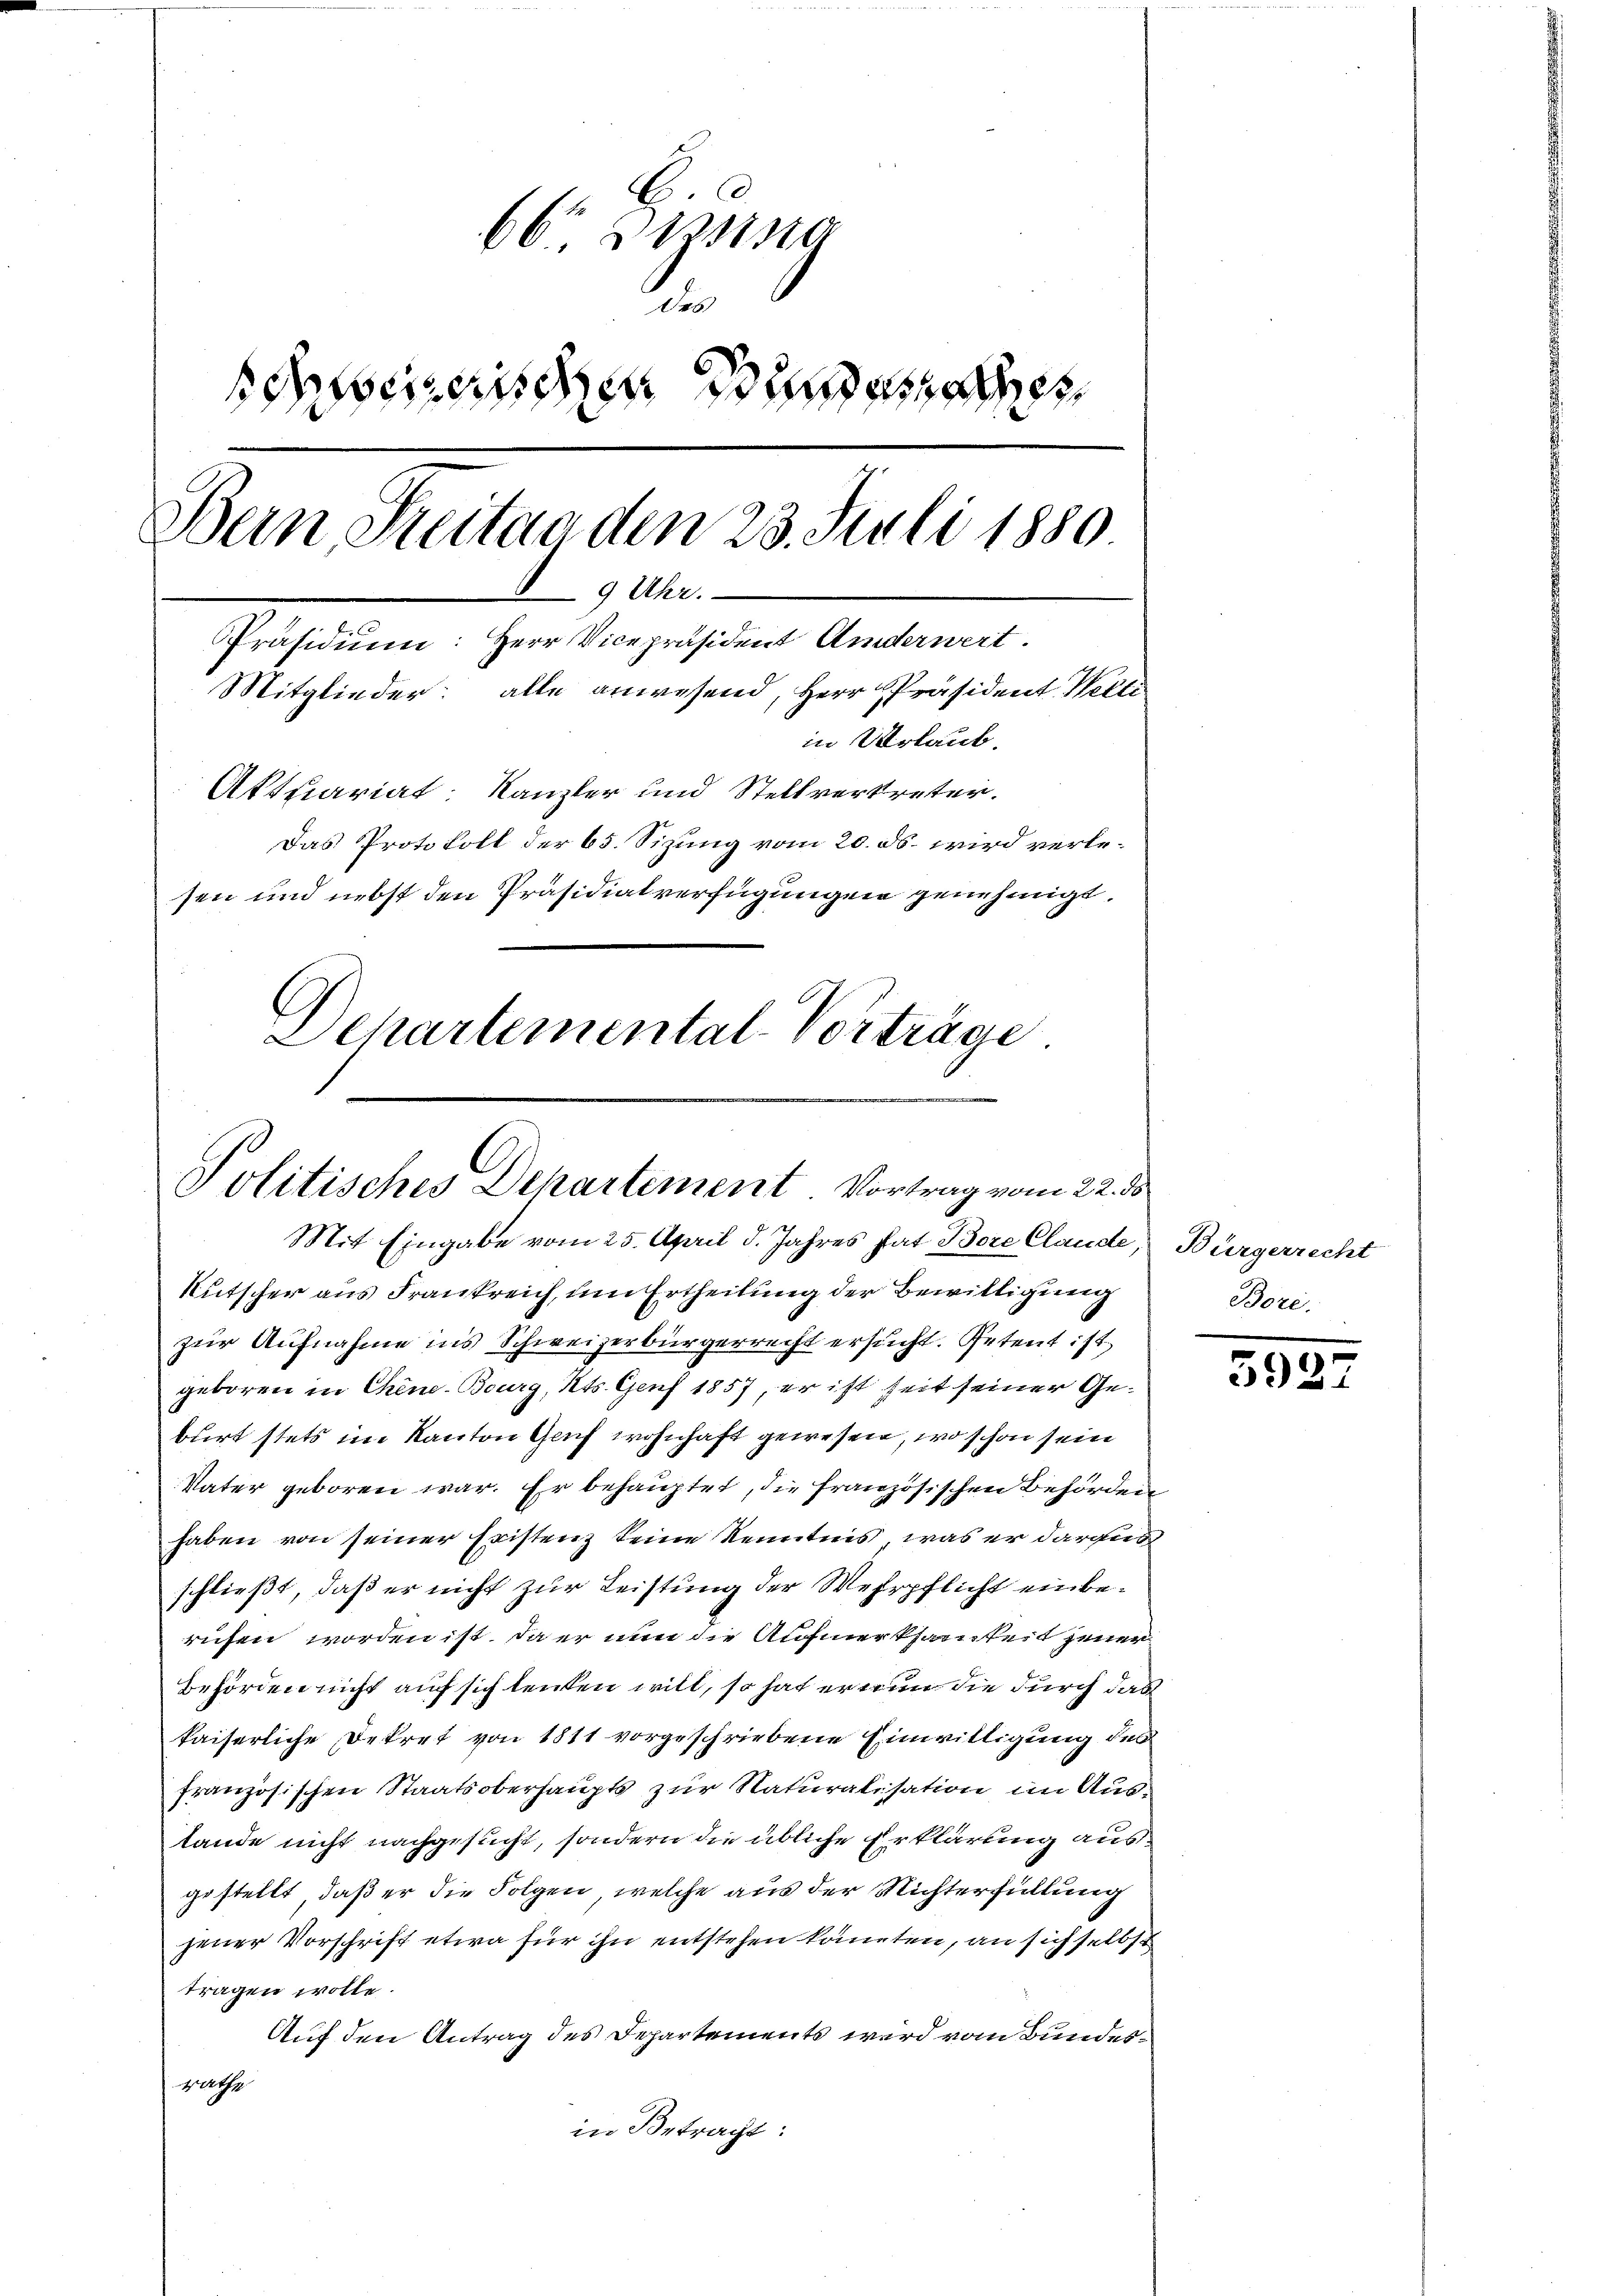
H.C
66 ein
.
sbergeschen Bunden
Dein Streitag den 23. Juli 1880
9 Uhr.
Präsidium: Herr Vicepräsident Anderwert.
Mitglieder: alle anwesend, Herr Präsident Welti
in Urlaub.
Aktuariat: Kanzler und Stellvertreter.
Das Protokoll der 65. Sizung vom 20. ds. wird verlesen und nebst den Präsidialverfügungen genehmigt,
Departemental-Vorträge

Politisches Departiment Vortrag vom 22. ds
Mit Eingabe vom 25. April d. Jahres hat Bore Claude

Kutscher aus Frankreich, um Ertheilung der Bewilligung
zur Aufnahme in’s Schweizerbürgerrecht ersucht. Petent ist
geboren in Chine-Bourg, Kts. Genf 1857, er ist seit seiner Geburt stets im Kanton Genf wohnhaft gewesen, wo schon sein
Vater geboren war. Er behauptet, die französischen Behörden
haben von seiner Existenz keine Kenntnis, was er daraus
schließt, daß er nicht zur Leistung der Wehrpflicht einberufen worden ist, da er nun die Aufmerksamkeit jener
Behörden nicht auf sich lenken will, so hat er nun die durch das
kaiserliche Dekret von 1811 vorgeschriebene Einwilligung des
französischen Staatsoberhaupts zur Naturalisation im Austände nicht nachgesucht, sondern die übliche Erklärung ausgestellt, daß er die Folgen, welche aus der Nichterfüllung
jener Vorschrift etwa für ihn entstehen könnten, an sich selbst
tragen wolle.
Auf den Antrag des Departements wird vom Bundest
in Betragt:

Bürgerrecht
Bore.

592.